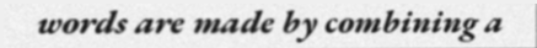
words are made by combining a